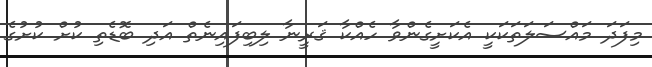
މިފަދަ މައްސަލަތަކަކީ އެކަށީގެންވާ ހެއްކާ ޤަރީނާ ލިބިފައިނެތް އަދި ބޮޑެތި ކުށް ކުށުގެ